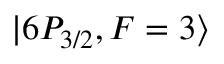
\lvert 6 P _ { 3 / 2 } , F = 3 \rangle